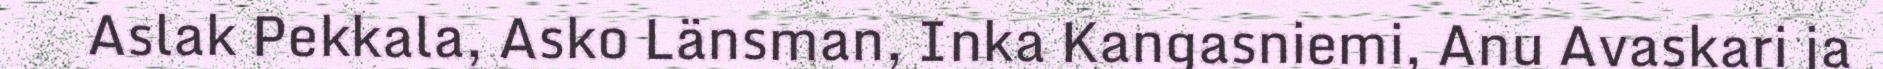
Aslak Pekkala, Asko Länsman, Inka Kangasniemi, Anu Avaskari ja